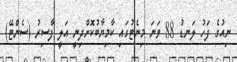
ނިއުގެ ފަހު ލަނޑު 88 ވަނަ މިނެޓުގައި ކާމިޔާބުކޮށްދިނީ އަލީ ފާސިރު (ސެންޓޭ)